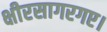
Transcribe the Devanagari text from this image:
क्षीरसागरगए।